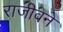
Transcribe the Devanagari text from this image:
राजीवने